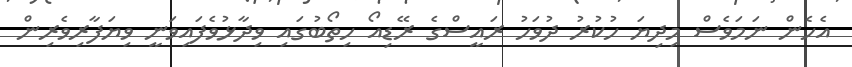
އެހެން ނަމަވެސް މިދިޔަ ހުކުރު ދުވަހު ރައީސްގެ ރޭޑިއޯ ހިތޯބުގައި ވިދާޅުވެފައިވަނީ ވިޔަފާރިވެރިން